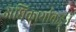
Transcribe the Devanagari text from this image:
अधिकार्याकडून